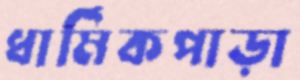
ধার্মিকপাড়া